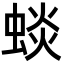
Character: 䗊